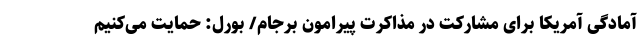
آمادگی آمریکا برای مشارکت در مذاکرت پیرامون برجام/ بورل: حمایت می‌کنیم